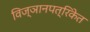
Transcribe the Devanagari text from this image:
विज्ञानपत्रिकेत